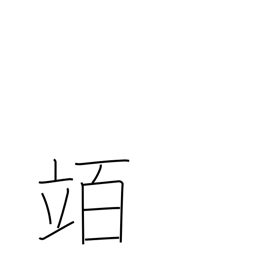
Meaning: hectolitre